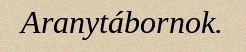
Aranytábornok.